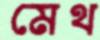
মেথ